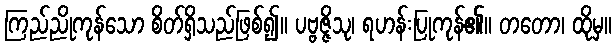
ကြည်ညိုကုန်သော စိတ်ရှိသည်ဖြစ်၍။ ပဗ္ဗဇ္ဇိသု၊ ရဟန်းပြုကုန်၏။ တတော၊ ထိုမှ။